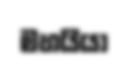
මහයියා